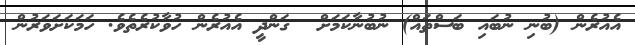
އެއުރެން (ބުނި ނުބައި ބަސްތައް) ނުބުނާކަމަށް  ގަންދީ އެއުރެން ހުވާކުރެތެވެ. ހަމަކަށަވަރުން